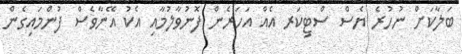
ބަލާކަށް ނުހުރެ ޔެސް ސްޓިކަރ އެއް އަހަރެން ފޮނުވާލުމާއި އެކު އޭނާވެސް ފުންމައިގެން